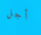
أجل